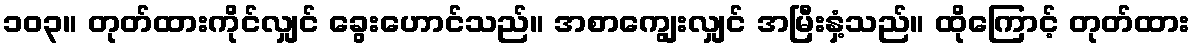
၁၀၃။ တုတ်ထားကိုင်လျှင် ခွေးဟောင်သည်။ အစာကျွေးလျှင် အမြီးနှံ့သည်။ ထိုကြောင့် တုတ်ထား